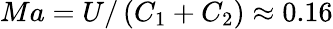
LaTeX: Ma=U/\left(C_{1}+C_{2}\right)\approx 0.16